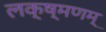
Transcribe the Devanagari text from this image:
लक्ष्मणम्